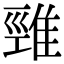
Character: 𨿋